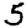
Digit: 5